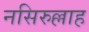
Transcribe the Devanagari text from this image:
नसिरुल्लाह